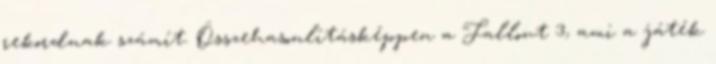
rekordnak számít. Összehasonlításképpen a Fallout 3, ami a játék